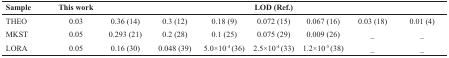
<table><thead><tr><td><b>Sample</b></td><td><b>This work</b></td><td></td><td></td><td><b>LOD (Ref.)</b></td><td></td><td></td><td></td><td></td></tr></thead><tbody><tr><td>THEO</td><td>0.03</td><td>0.36 (14)</td><td>0.3 (12)</td><td>0.18 (9)</td><td>0.072 (15)</td><td>0.067 (16)</td><td>0.03 (18)</td><td>0.01 (4)</td></tr><tr><td>MKST</td><td>0.05</td><td>0.293 (21)</td><td>0.2 (28)</td><td>0.1 (25)</td><td>0.075 (29)</td><td>0.009 (26)</td><td>_</td><td>_</td></tr><tr><td>LORA</td><td>0.05</td><td>0.16 (30)</td><td>0.048 (39)</td><td>5.0×10<sup>-4 </sup>(36)</td><td>2.5×10<sup>-4 </sup>(33)</td><td>1.2×10<sup>-5</sup> (38)</td><td>_</td><td>_</td></tr></tbody></table>